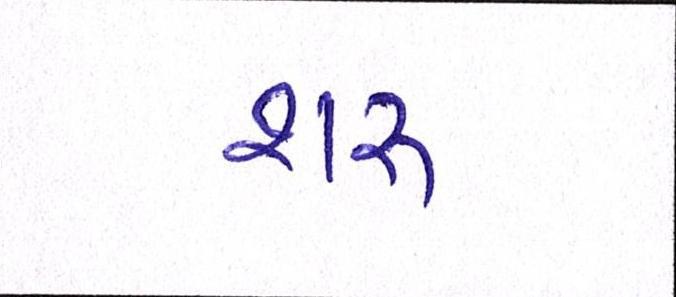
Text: શરુ